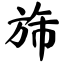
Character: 旆